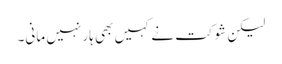
لیکن شوکت نے کہیں بھی ہار نہیں مانی۔